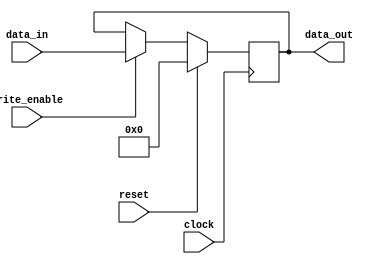
`timescale 1ns / 1ps

//#################### Defines  ####################


//#################### Module ####################
module reg_comp#( 
	parameter data_width = 32
)
(
	input clock,
	input reset,
	input write_enable,
	input [data_width-1:0] data_in,
	output reg [data_width-1:0] data_out
);

//#################### Logic ####################
//-------------------- Flip Flop --------------------
always@(posedge clock) begin
	if (reset) begin
		data_out <= 0;
	end
	else begin
		if(write_enable==1) begin
			data_out <= data_in;
		end
	end	
end

endmodule